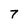
Character: 7